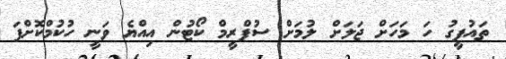
ތައުފީގު ހަ މަހަށް ޖަލަށް ލުމަށް ސުޕްރީމް ކޯޓުން އިއްޔެ ވަނީ ހުކުމްކޮށްފަ